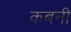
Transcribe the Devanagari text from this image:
कबनी